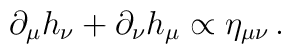
\partial_{\mu}h_{\nu}+\partial_{\nu}h_{\mu}\propto \eta_{\mu\nu}\,.